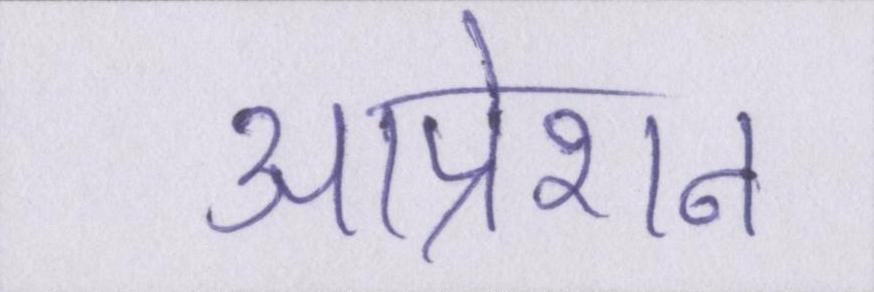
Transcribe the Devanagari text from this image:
आप्रेशन